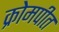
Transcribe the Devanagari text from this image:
क्रोमपीत